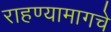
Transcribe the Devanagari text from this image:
राहण्यामागचे